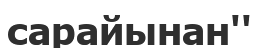
сарайынан''